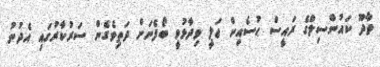
ވާދޫ ކައުންސިލްގެ ރައީސް ޙުސެއިން ޢަލީ ވިދާޅުވީ ބޯފެނަށް ދަތިވެގެން ސަރުކާރުގައި އެދުނު